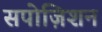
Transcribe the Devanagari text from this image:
सपोज़िशन